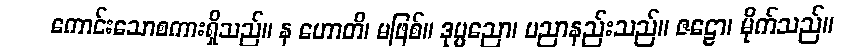
ကောင်းသောစကားရှိသည်။ န ဟောတိ၊ မဖြစ်။ ဒုပ္ပညော၊ ပညာနည်းသည်။ ဇဠော၊ မိုက်သည်။